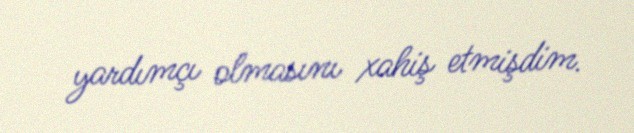
yardımçı olmasını xahiş etmişdim.